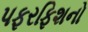
પફરફિશનો